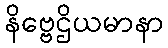
နိဗ္ဗေဌိယမာနာ